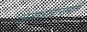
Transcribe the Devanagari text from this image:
अनोऽन्त्रान्तर्गतं